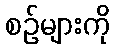
စဉ်များကို